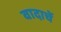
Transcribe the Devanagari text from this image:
वादाचें